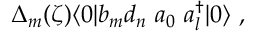
\Delta _ { m } ( \zeta ) \langle 0 | b _ { m } d _ { n } \ a _ { 0 } \ a _ { l } ^ { \dag } | 0 \rangle \ ,